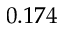
0 . 1 7 4